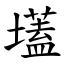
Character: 壒